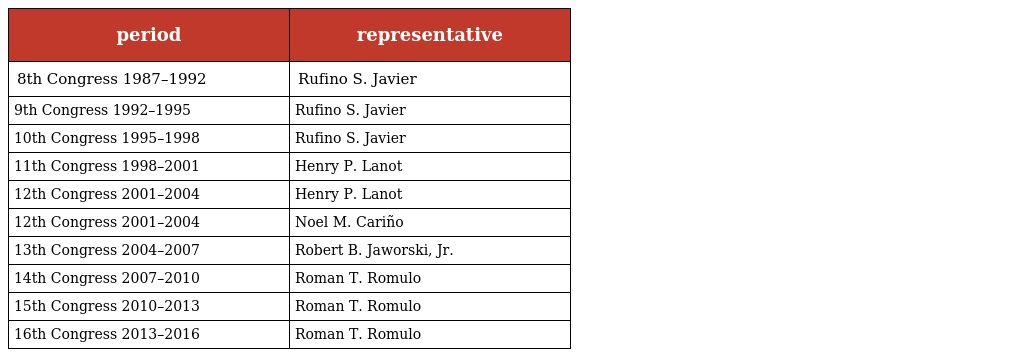
| period | representative |
 | --- | --- |
 | 8th Congress 1987–1992 | Rufino S. Javier |
 | 9th Congress 1992–1995 | Rufino S. Javier |
 | 10th Congress 1995–1998 | Rufino S. Javier |
 | 11th Congress 1998–2001 | Henry P. Lanot |
 | 12th Congress 2001–2004 | Henry P. Lanot |
 | 12th Congress 2001–2004 | Noel M. Cariño |
 | 13th Congress 2004–2007 | Robert B. Jaworski, Jr. |
 | 14th Congress 2007–2010 | Roman T. Romulo |
 | 15th Congress 2010–2013 | Roman T. Romulo |
 | 16th Congress 2013–2016 | Roman T. Romulo |